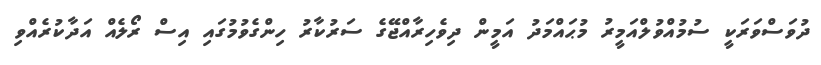
ދުވަސްވަރަކީ ސުމުއްވުލްއަމީރު މުޙައްމަދު އަމީން ދިވެހިރާއްޖޭގެ ސަރުކާރު ހިންގެވުމުގައި އިސް ރޯލެއް އަދާކުރެއްވި